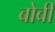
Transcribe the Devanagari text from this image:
बोबी